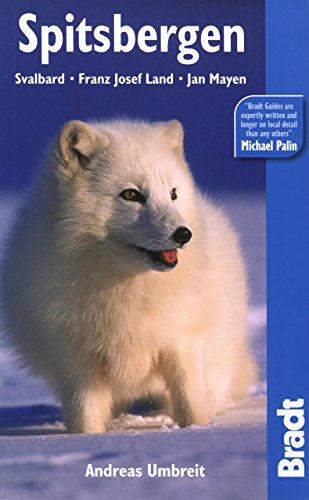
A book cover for Spitsbergen, 4th (Bradt Travel Guide); Andreas Umbreit; Travel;